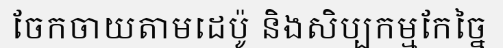
ចែកចាយតាមដេប៉ូ និងសិប្បកម្មកែច្នៃ